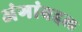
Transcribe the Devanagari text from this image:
अंगांबद्दल